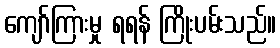
ကျော်ကြားမှု ရရန် ကြိုးပမ်းသည်။